Vital statistics of India. Vol. IV, Annual returns from 1871 to 1876. British Army of India, Native Army and jails of Bengal
Year: 1871
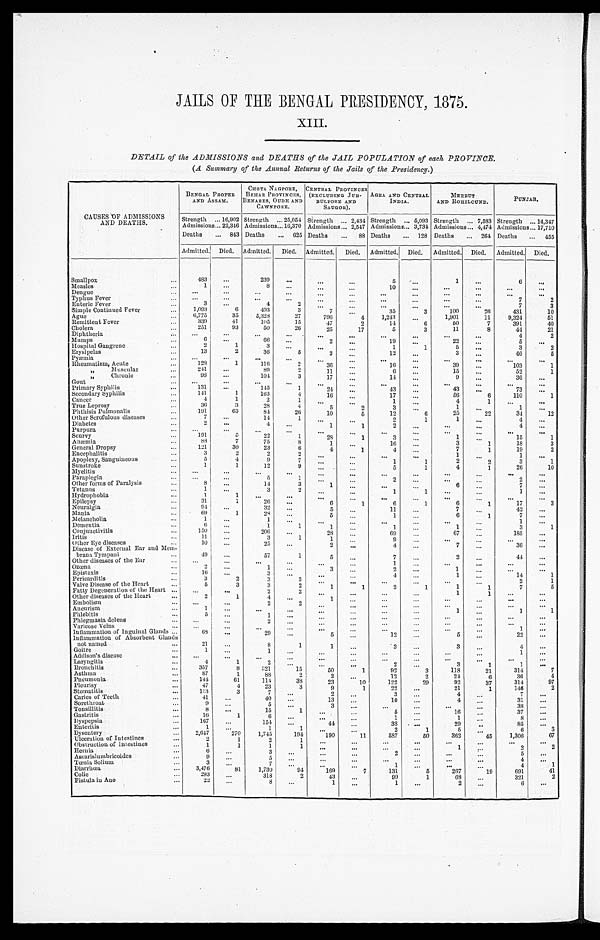
JAILS OF THE BENGAL PRESIDENCY, 1875.
XIII.
DETAIL of the ADMISSIONS and DEATHS of the JAIL POPULATION of each PROVINCE.
(A Summary of the Annual Returns of the Jails of the Presidency.)
CAUSES OF ADMISSIONS
AND DEATHS.
BENGAL PROPER
AND ASSAM.
CHOTA NAGPORE,
BEHAR PROVINCES,
BENARES, OUDH AND
CAWNPORE.
CENTRAL PROVINCES
(EXCLUDING JUB-
BULPORE AND
SAUGOR).
AGRA AND CENTRAL
INDIA.
MEERUT
AND ROHILCUND.
PUNJAB.
Strength ... 16,902 Strength ... 25,054 Strength ... 2,434 Strength ... 5,093 Strength ... 7,583 Strength ... 14,347
Admissions ...22,346 Admissions ... 16,370 Admissions ... 2,547 Admissions ... 3,734 Admissions ... 4,474 Admissions ... 17,710
Deaths
... 843 Deaths
... 625 Deaths
...
88 Deaths
... 128 Deaths
... 264 Deaths
... 455
Admitted. Died. Admitted. Died. Admitted. Died. Admitted. Died. Admitted. Died. Admitted. Died.
Smallpox
...
483
...
239
. . .
. . .
...
5
. . .
1
...
6
. . .
Measles
...
1
. . .
8
. . .
. . .
. . .
10
. . .
. . .
. . .
. . .
. . .
Dengue
...
. . .
. . .
. . .
. . .
. . .
. . .
. . .
. . .
. . .
. . .
. . .
. . .
Typhus Fever
...
. . .
. . .
. . .
. . .
. . .
...
. . .
. . .
. . .
. . .
7
2
Enteric Fever
...
3
...
4
2
. . .
. . .
. . .
. . .
. . .
. . .
7
3
Simple Continued Fever
...
1,093
6
4 0 3
3
7
...
35
3
100
26
431
10
Ague
...
6,775
35
5,328
27
796
4
1,243
...
1,901
11
9,324
51
Remittent Fever
...
339
41
105
15
4 7
2
14
6
50
7
391
40
Cholera
...
251
93
50
26
25
17
5
3
11
8
44
21
D i p h t h e r i a
...
. . .
. . .
. . .
. . .
. . .
. . .
. . .
. . .
. . .
. . .
4
2
Mumps
...
6
. . .
66
. . .
2
...
19
...
22
...
5
...
Hospital Gangrene
...
2
1
3
. . .
. . .
...
1
1
5
...
3
2
Erysipelas
...
13
2
36
5
2
. . .
12
...
3
. . .
46
5
Pyæmia
...
. . .
. . .
. . .
. . .
. . .
. . .
. . .
. . .
. . .
. . .
. . .
. . .
Rheumatism, Acute
...
128
1
116
2
3 6
...
16
. . .
3 9
. . .
103
1
,,
Muscular
...
241
...
89
2
11
...
6
. . .
15
...
52
1
,,
Chronic
...
9 8
...
104
3
17
...
14
. . .
9
. . .
3 6
. . .
Gout
...
. . .
. . .
. . .
. . .
. . .
...
. . .
. . .
. . .
. . .
. . .
. . .
Primary Syphilis
...
131
. . .
1 4 5
1
24
. . .
43
. . .
4 3
. . .
7 3
. . .
Secondary Syphilis
...
141
1
163
4
16
. . .
17
...
56
6
110
1
Cancer
...
4
1
2
1
. . .
...
1
. . .
4
1
...
. . .
True Leprosy
...
36
3
28
4
5
2
3
. . .
1
. . .
1
. . .
Phthisis Pulmonalis
...
191
63
84
26
10
5
12
6
25
22
34
12
Other Scrofulous diseases
...
7
...
1 4
1
. . .
. . .
2
1
1
...
4
...
Diabetes
...
2
. . .
4
. . .
1
1
2
. . .
. . .
. . .
4
. . .
Purpura
...
. . .
. . .
. . .
. . .
. . .
. . .
. . .
. . .
. . .
. . .
. . .
. . .
Scurvy
...
1 9 1
5
22
1
28
1
3
. . .
1
. . .
15
1
Anæmia
...
88
7
75
8
1
. . .
16
...
3
1
1 8
3
General Dropsy
...
1 2 1
30
23
6
4
1
4
. . .
7
1
19
2
Encephalitis
...
3
2
2
2
. . .
. . .
. . .
. . .
1
. . .
1
. . .
Apoplexy, Sanguineous
...
5
4
9
7
. . .
...
1
1
2
2
3
1
Sunstroke
...
1
1
12
9
. . .
...
5
1
4
1
2 6
10
Myelitis
...
. . .
. . .
. . .
. . .
. . .
. . .
. . .
. . .
. . .
. . .
. . .
. . .
Paraplegia
...
. . .
. . .
5
1
. . .
. . .
2
. . .
. . .
. . .
2
. . .
Other forms of Paralysis
...
8
. . .
1 4
3
1
. . .
. . .
. . .
6
. . .
7
. . .
Tetanus
...
1
. . .
3
2
. . .
...
1
1
. . .
. . .
1
. . .
Hydrophobia
...
1
1
. . .
. . .
. . .
. . .
. . .
. . .
. . .
. . .
. . .
. . .
Epilepsy
...
3 1
1
2 6
...
6
1
6
1
6
1
17
3
Neuralgia
...
9 4
. . .
3 2
. . .
5
. . .
1 1
. . .
7
. . .
4 2
. . .
Mania
...
6 9
1
28
...
5
. . .
1
. . .
6
1
7
. . .
M e l a n c h o l i a
...
1
. . .
1
. . .
. . .
...
. . .
. . .
. . .
. . .
1
. . .
Dementia
...
6
...
1
1
1
. . .
1
. . .
1
. . .
3
1
Conjunctivitis
...
1 5 0
. . .
206
...
28
. . .
69
. . .
6 7
. . .
1 8 5
. . .
Iritis
...
11
. . .
3
1
1
. . .
9
. . .
. . .
. . .
. . .
. . .
Other Eye diseases
...
1 0
. . .
2 5
. . .
2
. . .
4
...
7
. . .
36
. . .
Disease of External Ear and Mem-
brana Tympani
...
49
. . .
57
1
5
. . .
7
. . .
2
. . .
44
. . .
Other diseases of the Ear
...
. . .
. . .
. . .
. . .
. . .
...
. . .
. . .
. . .
. . .
. . .
. . .
Ozœna
...
2
. . .
1
...
3
...
2
...
1
. . .
. . .
. . .
Epistaxis
...
1 6
. . .
3
. . .
. . .
. . .
4
. . .
1
. . .
1 4
1
Pericarditis
...
3
2
3
3
. . .
...
. . .
. . .
. . .
. . .
2
1
Valve Disease of the Heart
...
5
3
3
2
1
1
2
1
1
1
7
5
Fatty Degeneration of the Heart ...
. . .
. . .
2
2
. . .
. . .
. . .
. . .
1
1
. . .
. . .
Other diseases of the Heart
...
2
1
4
...
1
...
. . .
. . .
. . .
. . .
. . .
. . .
Embolism
...
. . .
. . .
2
2
. . .
. . .
. . .
. . .
. . .
. . .
. . .
. . .
Aneurism
...
1
. . .
. . .
. . .
. . .
...
. . .
. . .
1
. . .
1
1
Phlebitis
...
5
. . .
1
. . .
. . .
. . .
. . .
. . .
. . .
. . .
. . .
. . .
Phegmasia dolens
...
. . .
. . .
2
...
. . .
. . .
. . .
. . .
. . .
. . .
. . .
. . .
Varicose Veins
...
. . .
. . .
. . .
...
. . .
. . .
. . .
. . .
. . .
. . .
1
. . .
Inflammation of Inguinal Glands ...
68
. . .
2 9
...
5
. . .
1 2
. . .
5
. . .
2 2
. . .
Inflammation of Absorbent Glands
not named
...
2 1
. . .
8
1
1
. . .
3
...
3
. . .
4
. . .
Goitre
...
1
...
1
. . .
. . .
. . .
. . .
. . .
. . .
. . .
1
. . .
Addison's disease
...
. . .
. . .
. . .
. . . . . .
. . .
. . .
. . .
. . .
. . .
. . .
. . .
Laryngitis
...
4
1
2
. . .
. . .
. . .
2
...
3
1
1
. . .
Bronchitis
...
357
8
3 2 1
15
50
1
92
3
118
21
314
7
Asthma
...
87
1
88
2
2
...
1 2
2
2 4
6
36
4
Pneumonia
...
144
61
114
38
2 3
1 0
122
29
92
37
314
97
Pleurisy
...
4 7
4
23
3
9
1
22
...
21
1
146
2
Stomatitis
...
113
3
7
. . .
2
...
3
. . .
4
. . .
7
. . .
Caries of Teeth
...
41
...
40
...
13
...
1 0
. . .
4
. . .
31
. . .
Sorethroat
...
9
...
5
...
3
. . .
. . .
. . .
. . .
. . .
3 8
. . .
Tonsillitis
...
8
...
15
1
. . .
...
5
...
1 6
. . .
3 7
. . .
Gastritis
...
16
1
6
. . .
. . .
. . .
1
...
1
. . .
8
. . .
Dyspepsia
...
167
...
154
...
44
. . .
3 8
. . .
29
. .
8 5
. . .
Enteritis
...
1
...
1
1
. . .
...
2
1
5
. . .
6
3
Dysentery
...
2,647
270
1,745
194
1 9 0
1 1
5 8 7
50
362
4 5
1 , 3 0 6
67
Ulceration of Intestines
...
2
1
2
1
. . .
. . .
. . .
. . .
. . .
. . .
. . .
. . .
Obstruction of Intestines
...
1
1
1
1
. . .
. . .
. . .
. . .
1
. . .
2
2
Hernia
...
6
...
3
. . .
. . .
...
2
. . .
. . .
. . .
5
. . .
Ascarislumbricoides
...
9
. . .
5
. . .
. . .
. . .
. . .
. . .
. . .
. . .
4
...
Tœnia Solium
...
3
. . .
7
. . .
. . .
. . .
1
...
...
. . .
4
1
Diarrhœa
...
3,476
81
1,730
9 4
169
7
131
5
267
1 9
691
41
Colie
...
293
. . .
318
2
43
. . .
9 9
1
6 8
. . .
3 2 1
2
Fistula in Ano
...
22
. . .
8
...
1
. . .
1
...
2
. . .
6
. . .